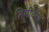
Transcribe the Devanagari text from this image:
तिमीवसा